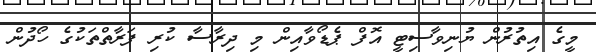
މީގެ އިތުރުން ޔުނިވާސިޓީ އޮފް ޕެޑޯވާއިން މި ދިރާސާ ކުރި ފަރާތްތަކުގެ ހޯދުން